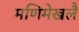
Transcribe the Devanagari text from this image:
मणिमेखलै